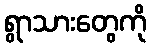
ရွာသားတွေကို